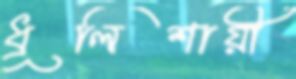
ধূলিশায়ী